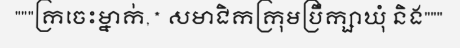
"""ក្រចេះម្នាក់,* សមាជិកក្រុមប្រឹក្សាឃុំ និង"""